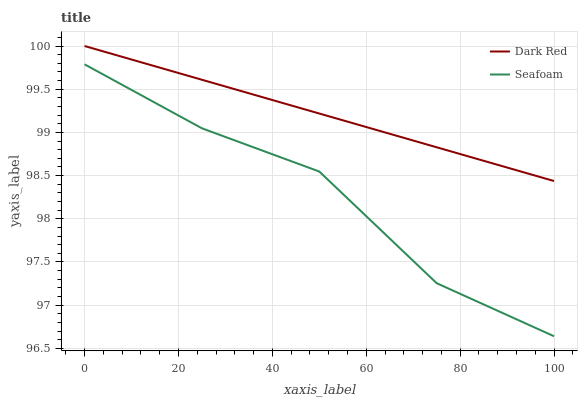
| xaxis_label | Dark Red | Seafoam |
 | --- | --- | --- |
 | 0 | 100 | 99.8 |
 | 25 | 99.6 | 99 |
 | 50 | 99.2 | 98.5 |
 | 75 | 98.8 | 97.3 |
 | 100 | 98.4 | 96.6 |